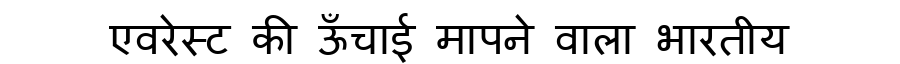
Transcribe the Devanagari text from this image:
एवरेस्ट की ऊँचाई मापने वाला भारतीय